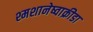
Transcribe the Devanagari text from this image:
श्मशानेष्वाक्रीडा